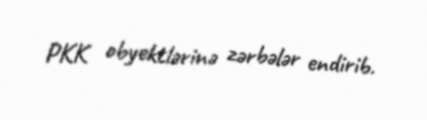
PKK obyektlərinə zərbələr endirib.